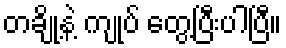
တချို့နဲ့ ကျုပ် တွေ့ပြီးပါပြီ။